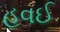
હવઈ